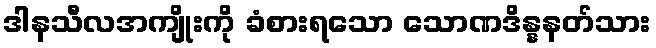
ဒါနသီလအကျိုးကို ခံစားရသော သောဏဒိန္နနတ်သား